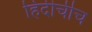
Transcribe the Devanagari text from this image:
हिंदीचीच